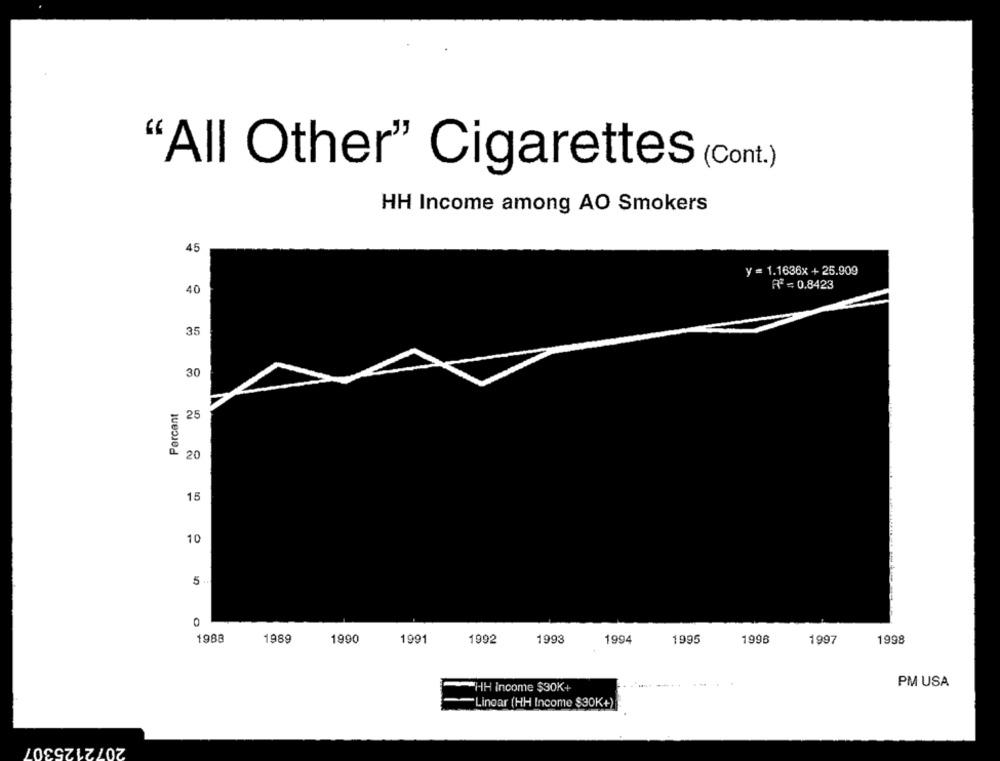
"All Other" Cigarettes (Cont.)
HH Income among AO Smokers
45
y = 1.1636x + 25.909
RT = 0,8423
40
35
30
Percent
25
20
15
10
5
1988
1989
1990
1991
1992
1993
1994
1995
1996
1997
1998
PM USA
HH income $30K+
Lingar (HH Income $30K+)
LOSSZLZZOZ